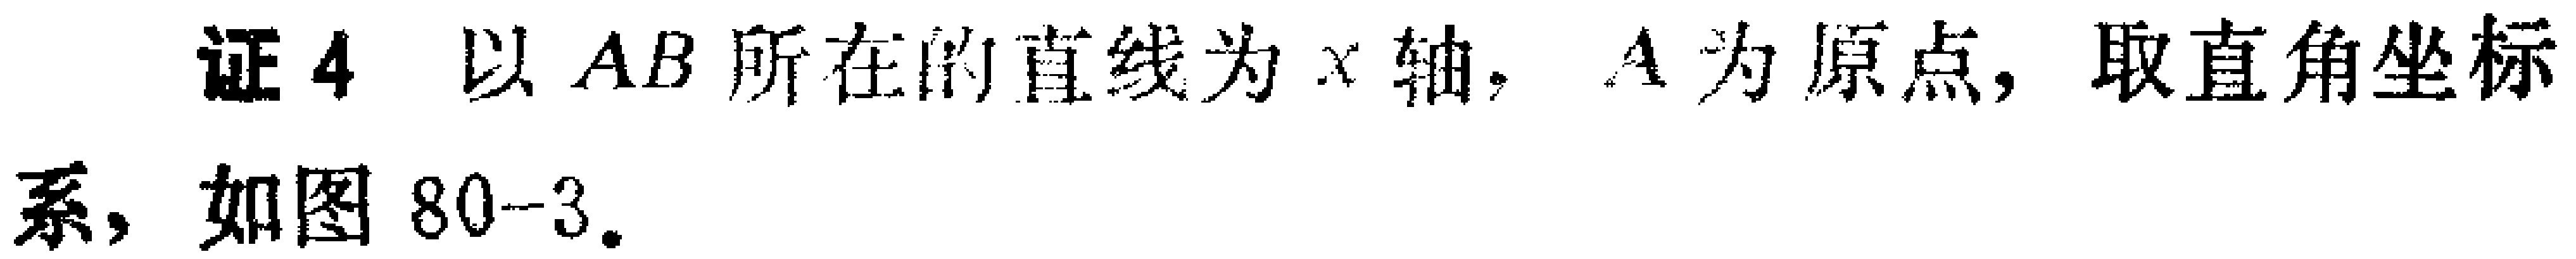
证4 以 \(AB\) 所在的直线为 \(x\) 轴，\(A\) 为原点，取直角坐标系，如图 \(80 - 3\).